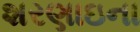
શરણાઇના